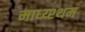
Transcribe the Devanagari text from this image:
माध्य्श्थम